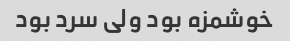
خوشمزه بود ولی سرد بود